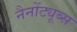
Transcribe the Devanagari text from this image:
नैनोंट्यूब्स